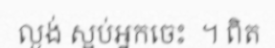
ល្ងង់ ស្អប់អ្នកចេះ  ។ ពិត